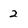
Character: 2